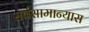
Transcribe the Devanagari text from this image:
सर्वसामान्यास